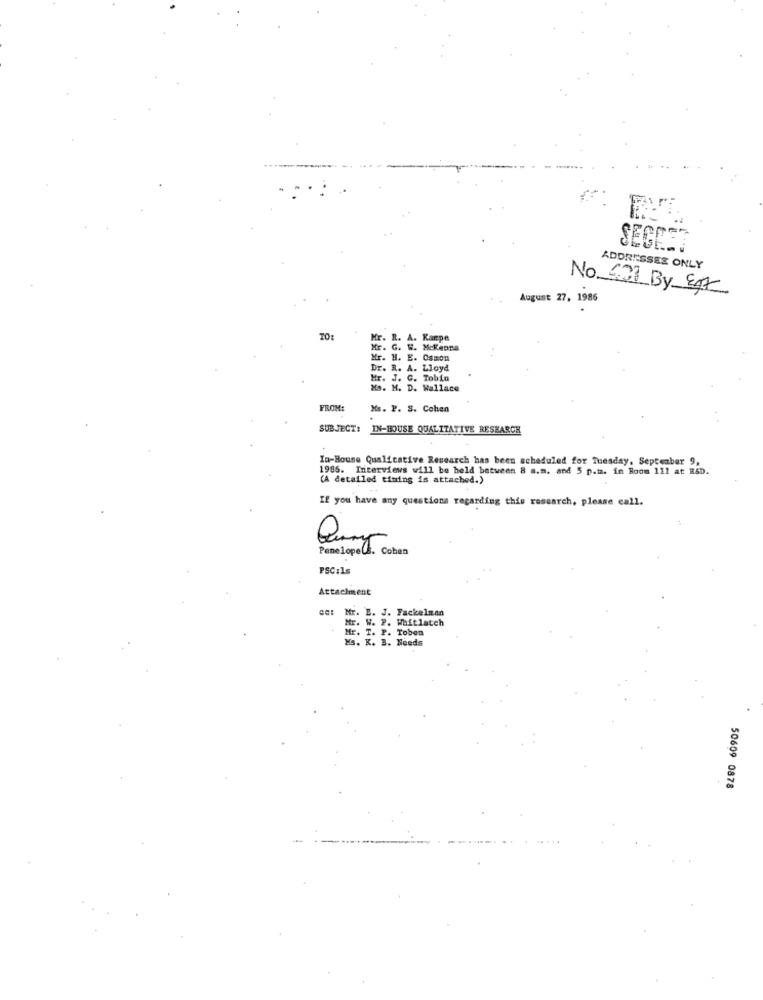
SEGEST
ADDRESSES ONLY
No 631 By Eft
August 27, 1986
TO:
Mr. R. A. Karpe
Mr. G. W. Mckenna
Mr. H. E. Osmon
Dr. R. A. Lloyd
Mr. J. C. Tobin
Ms. M. D. Wallace
FROM:
Ms. P. S. Cohen
SUBJECT:
IN-HOUSE QUALITATIVE RESEARCH
In-House Qualitative Research has been scheduled for Tuesday, September 9,
1986. Interviews will be held between 8 a.m. and 5 p.m. in Hoom 111 at RSD.
(A detailed timing is attached.)
If you have any questions regarding this research, please call.
Penelope(
. Cohan
PSCils
Attachment
ce: Mr. E. J. Fackelman
. W. P. Whitlatch
Mr. T. P. Toben
Ms. K. B. Needs
50609 0878
-